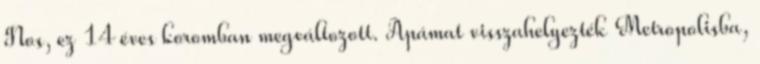
Nos, ez 14 éves koromban megváltozott. Apámat visszahelyezték Metropolisba,